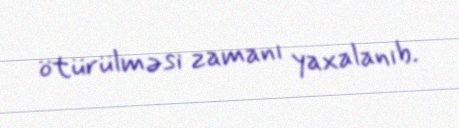
ötürülməsi zamanı yaxalanıb.